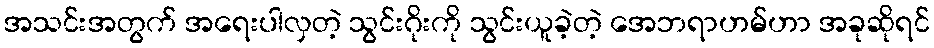
အသင်းအတွက် အရေးပါလှတဲ့ သွင်းဂိုးကို သွင်းယူခဲ့တဲ့ အေဘရာဟမ်ဟာ အခုဆိုရင်